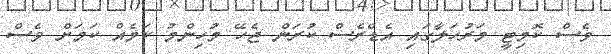
ވެސް ކޮމިޓީ މަރުހަލާގައި އެޑްރެސް ކުރަން ޖެހޭ މުހިންމު ކަމެއް ކަމަށް ވެސް